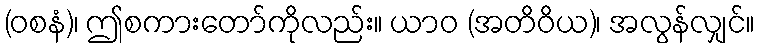
(ဝစနံ)၊ ဤစကားတော်ကိုလည်း။ ယာဝ (အတိဝိယ)၊ အလွန်လျှင်။